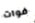
فوات